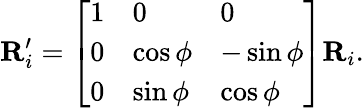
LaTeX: \mathbf{R}_{i}^{\prime}=\left[\begin{array}{lll}{1}&{0}&{0}\\ {0}&{\cos{\phi}}&{-\sin{\phi}}\\ {0}&{\sin{\phi}}&{\cos{\phi}}\end{array}\right]\mathbf{R}_{i}.